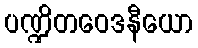
ပဏ္ဍိတဝေဒနီယော